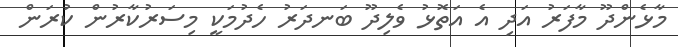
މާޅެންދޫ މާފަރު އަދި އެ އަތޮޅު ވެލިދޫ ބަނދަރު ހެދުމަކީ މިސަރުކާރުން ކުރަން